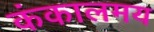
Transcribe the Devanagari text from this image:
कंकालमय